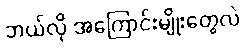
ဘယ်လို အကြောင်းမျိုးတွေလဲ